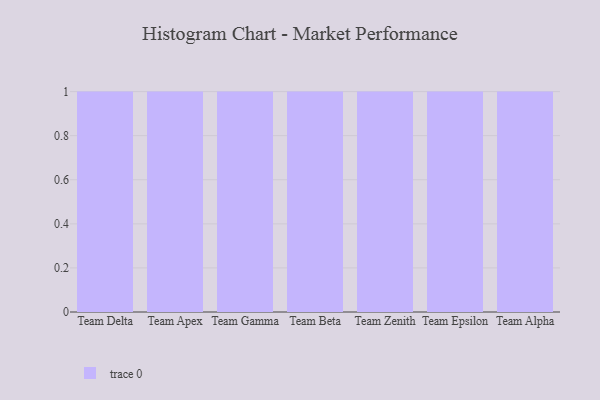
{"axis": {"x": "Team", "y": "LTV (USD)"}, "legend": [""], "data": [{"x": "Team Delta", "y": 24, "type": ""}, {"x": "Team Apex", "y": 49, "type": ""}, {"x": "Team Gamma", "y": 8, "type": ""}, {"x": "Team Beta", "y": 54, "type": ""}, {"x": "Team Zenith", "y": 97, "type": ""}, {"x": "Team Epsilon", "y": 94, "type": ""}, {"x": "Team Alpha", "y": 98, "type": ""}]}